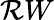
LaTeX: \mathcal{R}W